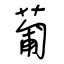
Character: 葡